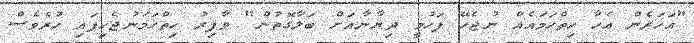
"އަހަރެން އެހާ ހިތްހަމައެއް ނުޖެހޭ ފަހުމީ ދިޔާނާއަށް ބަލާގޮތުން" ވާފިރު ހިތްހަމަނުޖެހިފައި ހުރެވެސް